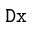
\mathtt { D x }